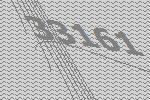
33161